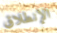
الإنطلاق